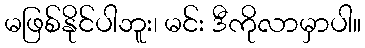
မဖြစ်နိုင်ပါဘူး၊ မင်း ဒီကိုလာမှာပါ။